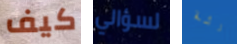
كيف لسؤالي رئة